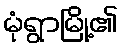
မုံရွာမြို့၏